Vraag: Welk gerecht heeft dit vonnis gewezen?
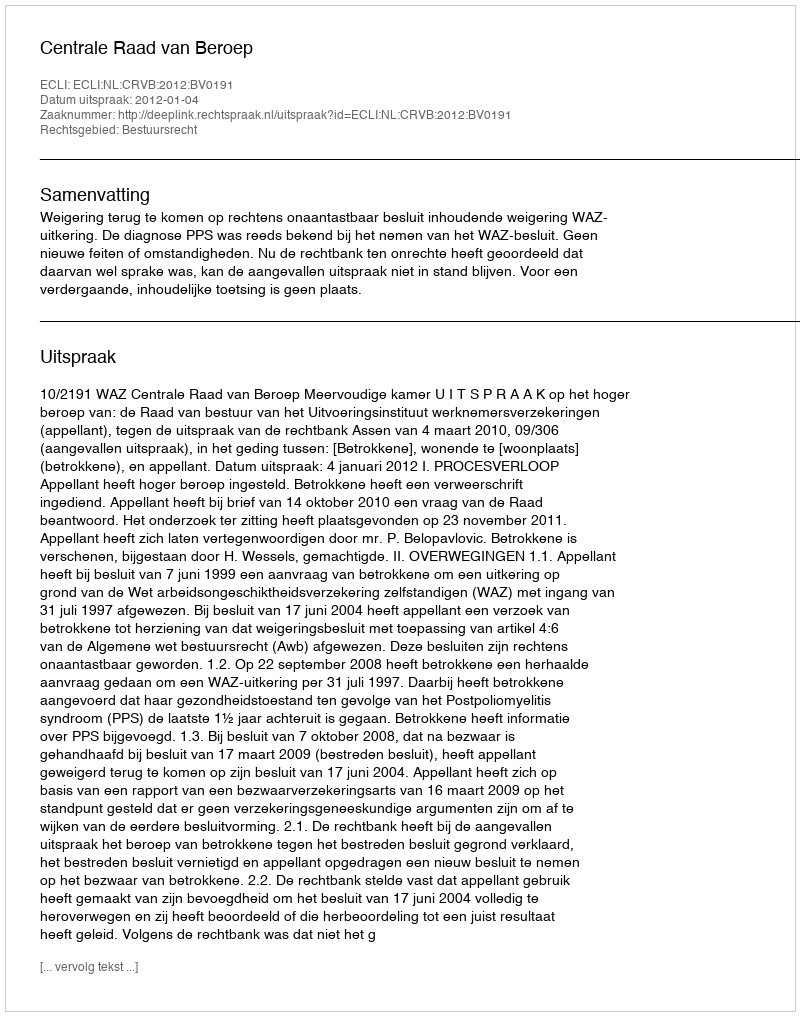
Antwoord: Centrale Raad van Beroep